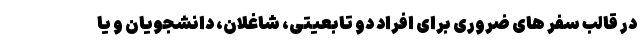
در قالب سفر های ضروری برای افراد دو تابعیتی، شاغلان، دانشجویان و یا